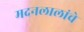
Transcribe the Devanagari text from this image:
मदनलालांचे